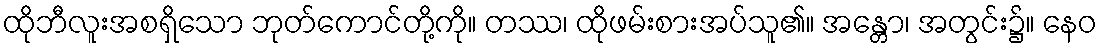
ထိုဘီလူးအစရှိသော ဘုတ်ကောင်တို့ကို။ တဿ၊ ထိုဖမ်းစားအပ်သူ၏။ အန္တော၊ အတွင်း၌။ နေဝ